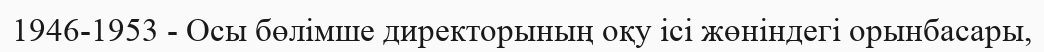
1946-1953 - Осы бөлімше директорының оқу ісі жөніндегі орынбасары,